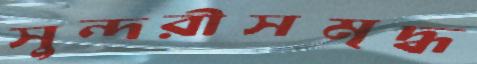
সুন্দরীসমৃদ্ধ